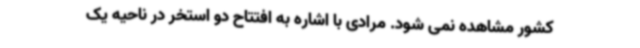
کشور مشاهده نمی شود. مرادی با اشاره به افتتاح دو استخر در ناحیه یک